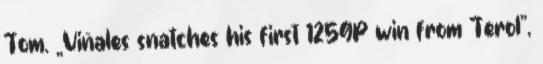
Tom. „Viñales snatches his first 125GP win from Terol”,